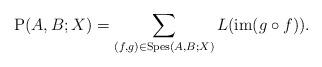
LaTeX: \begin{gather*}\mathrm{P}(A,B;X) = \sum_{(f,g)\in \mathrm{Spes}(A,B;X)}{L (\mathrm{im}(g\circ f) )} .\end{gather*}